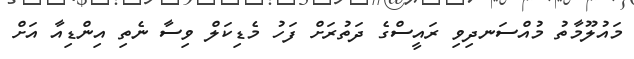
މައުލޫމާތު މުއްސަނދިވި ރައީސްގެ ދަތުރަށް ފަހު މެޑިކަލް ވިސާ ނެތި އިންޑިއާ އަށް